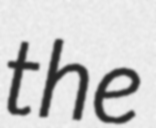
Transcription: the